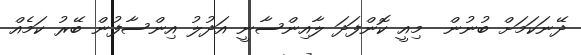
ދޭނަކަމަށް ބުނުން  މިއީ ކޮންފަދަ ލާއިންސާނީ އަދުލު އިންސާފުން ބޭރު ކަމެއް